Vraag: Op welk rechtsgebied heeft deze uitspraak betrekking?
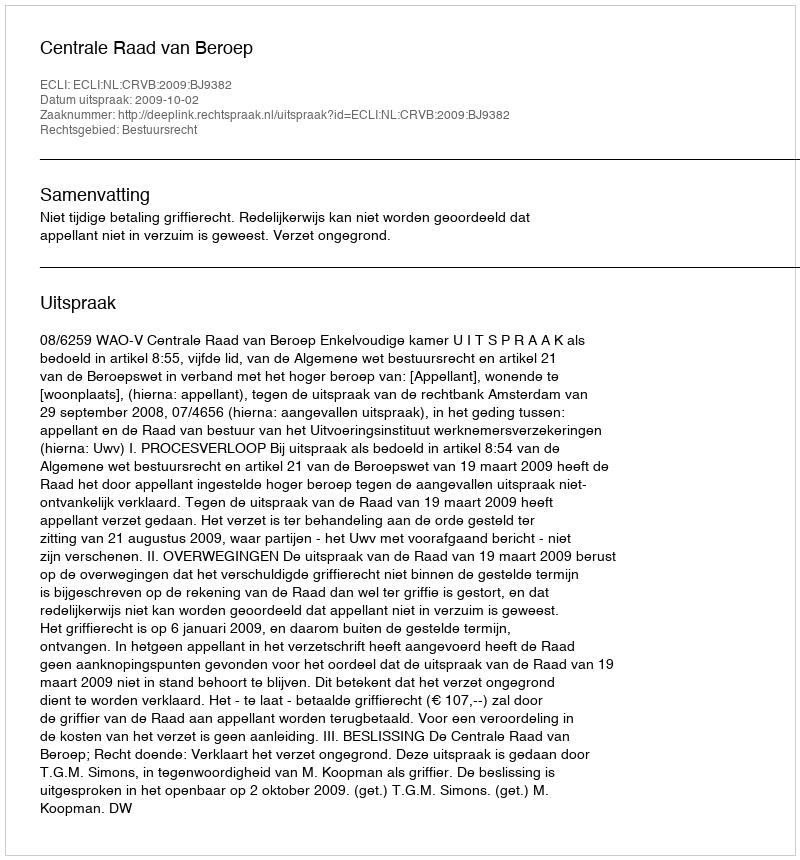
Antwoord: Bestuursrecht